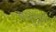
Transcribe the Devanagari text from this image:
समुंद्रण